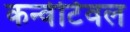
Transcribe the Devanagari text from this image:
कन्वेर्टिवल